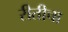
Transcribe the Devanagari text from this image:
रीतीचा